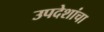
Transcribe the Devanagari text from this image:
उपदेशांचा